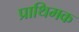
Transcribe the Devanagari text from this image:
प्राथिमक